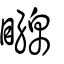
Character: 矊